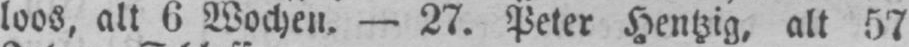
loos, alt 6 Wochen. - 27. Peter Hentzig. alt 57